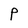
Character: P